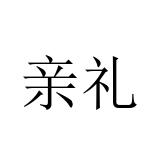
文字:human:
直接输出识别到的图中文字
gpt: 亲礼